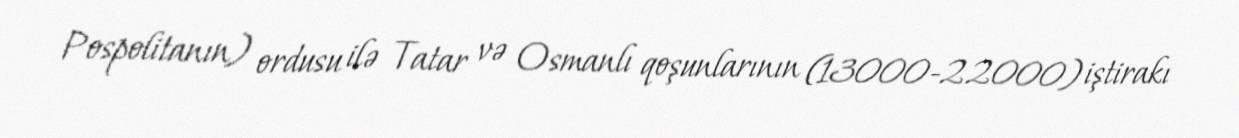
Pospolitanın) ordusu ilə Tatar və Osmanlı qoşunlarının (13000-22000) iştirakı